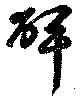
碑